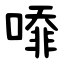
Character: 㗺